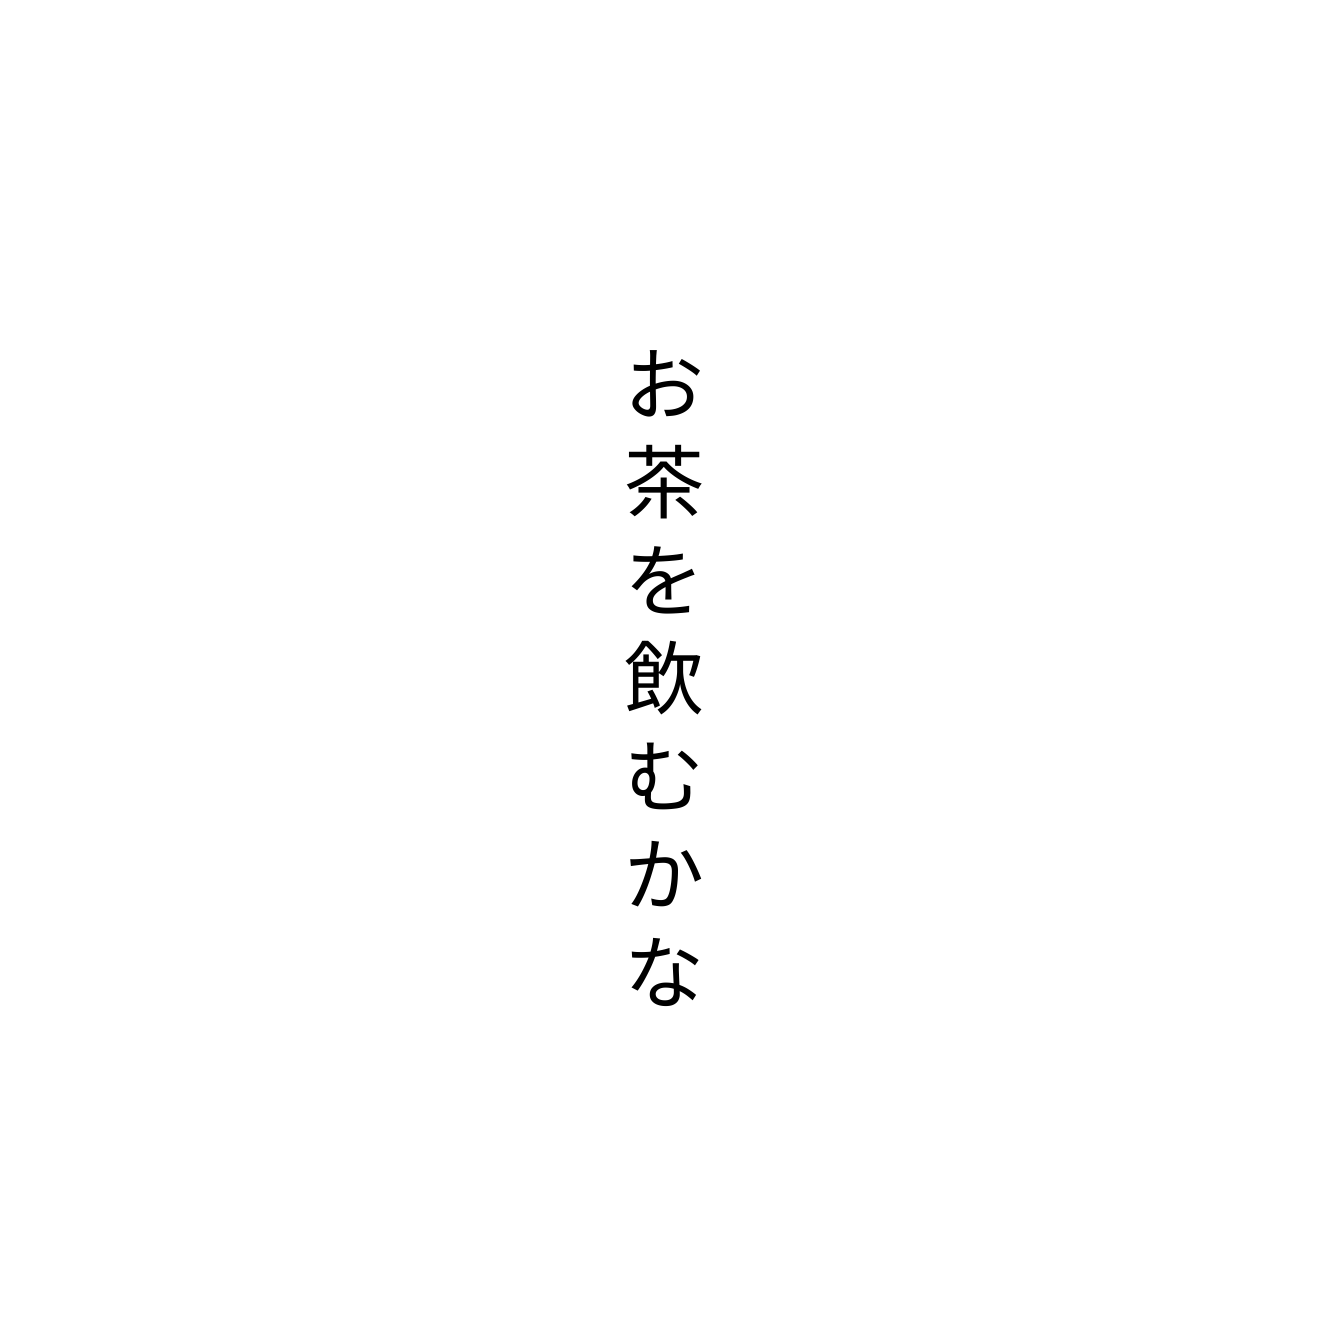
お茶を飲むかな